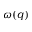
\omega ( q )